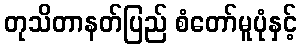
တုသိတာနတ်ပြည် စံတော်မူပုံနှင့်